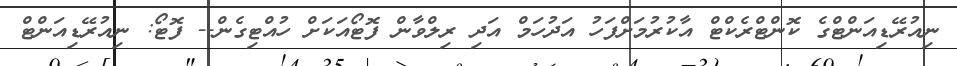
ނިއުރޭޑިއަންޓްގެ ކޮންޓްރެކްޓް އާކުރުމަށްފަހު އަދުހަމް އަދި ރިލްވާން ފޮޓޯއަކަށް ހުއްޓިގެން-- ފޮޓޯ: ނިއުރޭޑިއަންޓް